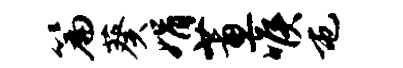
篇葵娟蕙喉屯